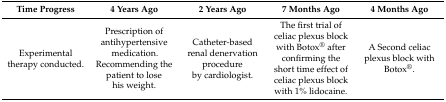
<table><thead><tr><td><b>Time Progress</b></td><td><b>4 Years Ago</b></td><td><b>2 Years Ago</b></td><td><b>7 Months Ago</b></td><td><b>4 Months Ago</b></td></tr></thead><tbody><tr><td>Experimental therapy conducted.</td><td>Prescription of antihypertensive medication. Recommending the patient to lose his weight.</td><td>Catheter-based renal denervation procedure by cardiologist.</td><td>The first trial of celiac plexus block with Botox<sup>®</sup> after confirming the short time effect of celiac plexus block with 1% lidocaine.</td><td>A Second celiac plexus block with Botox<sup>®</sup>.</td></tr></tbody></table>